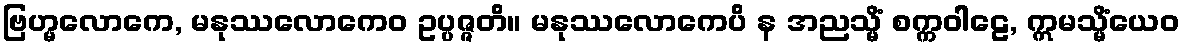
ဗြဟ္မလောကေ, မနုဿလောကေဝ ဥပ္ပဇ္ဇတိ။ မနုဿလောကေပိ န အညသ္မိံ စက္ကဝါဠေ, ဣမသ္မိံယေဝ